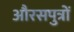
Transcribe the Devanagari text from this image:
औरसपुत्रों